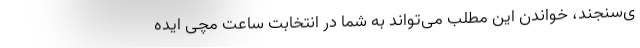
ی‌سنجند، خواندن این مطلب می‌تواند به شما در انتخابت ساعت مچی ایده